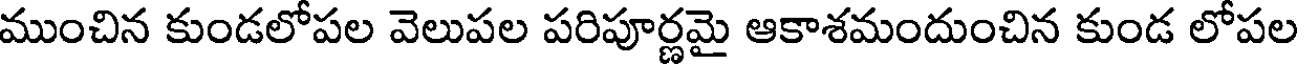
ముంచిన కుండలోపల వెలుపల పరిపూర్ణమై ఆకాశమందుంచిన కుండ లోపల